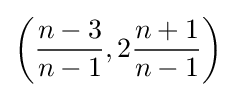
\left({\dfrac {n-3}{n-1}},2{\dfrac {n+1}{n-1}}\right)